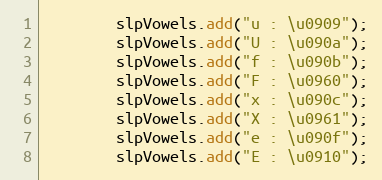
Language: Java
        slpVowels.add("u : \u0909");
        slpVowels.add("U : \u090a");
        slpVowels.add("f : \u090b");
        slpVowels.add("F : \u0960");
        slpVowels.add("x : \u090c");
        slpVowels.add("X : \u0961");
        slpVowels.add("e : \u090f");
        slpVowels.add("E : \u0910");